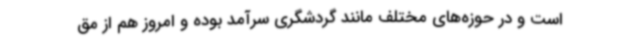
است و در حوزه‌های مختلف مانند گردشگری سرآمد بوده و امروز هم از مق